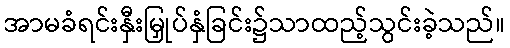
အာမခံရင်းနှီးမြှုပ်နှံခြင်း၌သာထည့်သွင်းခဲ့သည်။